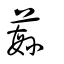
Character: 蘩